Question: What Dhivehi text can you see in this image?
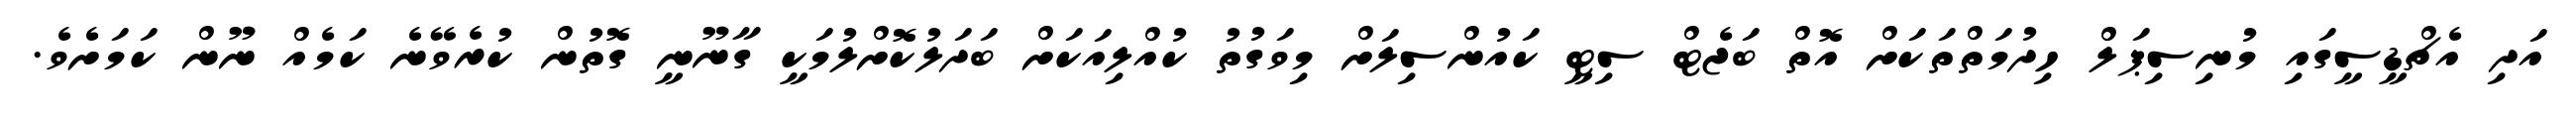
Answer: އަދި އެޗްޑީސީގައި މުނިސިޕަލް ހިދުމަތްތަކަށް އޮތް ބަޖެޓް ސިޓީ ކައުންސިލަށް މިވަގުތު ކުއްލިއަކަށް ބަދަލުކޮށްލުމަކީ ގާނޫނީ ގޮތުން ކުރެވޭނެ ކަމެއް ނޫން ކަމަށެވެ.